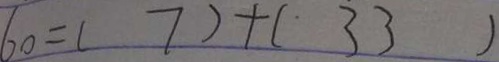
6 0 = ( 7 ) + ( 3 3 )